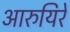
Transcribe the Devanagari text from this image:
आरुयिरे